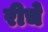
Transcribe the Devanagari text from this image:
रीचे